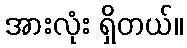
အားလုံး ရှိတယ်။